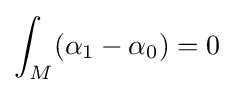
\int _{M}(\alpha _{1}-\alpha _{0})=0